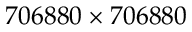
7 0 6 8 8 0 \times 7 0 6 8 8 0